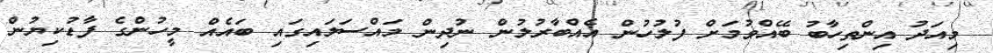
މިއަދު އިންތިހާބު ބޭއްވުމަށް ފުލުހުން އެއްބާރުލުން ނުދިން މައްސަލައިގައި ބައެއް މީހުންގެ ފާޑުކިޔުން